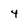
Character: 4